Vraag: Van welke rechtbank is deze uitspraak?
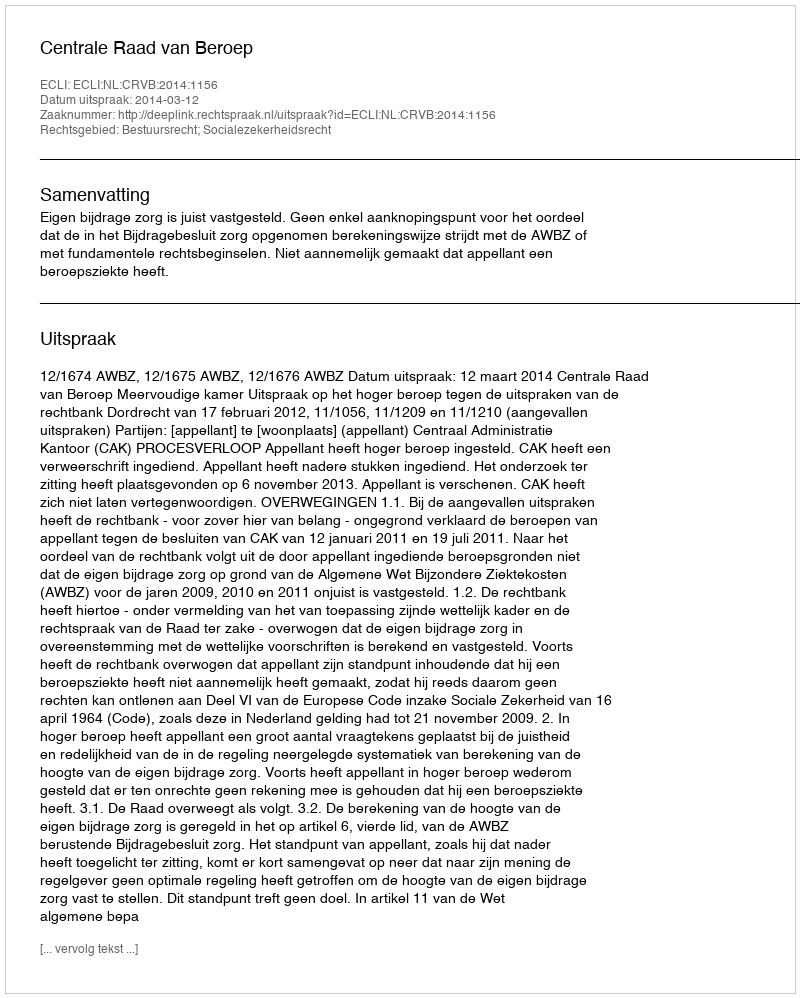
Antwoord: Centrale Raad van Beroep